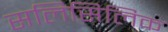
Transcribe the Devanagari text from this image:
सलिसिलिक